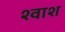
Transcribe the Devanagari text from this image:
श्वाश